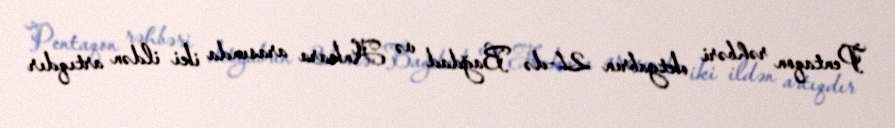
Pentaqon rəhbəri oktyabrın 21-də Bağdad və Ankara arasında iki ildən artıqdır